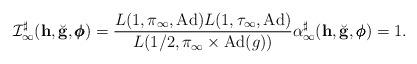
LaTeX: \begin{align*}\mathcal I_{\infty}^{\sharp}(\mathbf h,\breve{\mathbf g},\pmb{\phi}) = \frac{L(1,\pi_{\infty},\mathrm{Ad})L(1,\tau_{\infty}, \mathrm{Ad})}{L(1/2,\pi_{\infty}\times \mathrm{Ad}(g))}\alpha_{\infty}^{\sharp}(\mathbf h,\breve{\mathbf g},\pmb{\phi}) = 1.\end{align*}